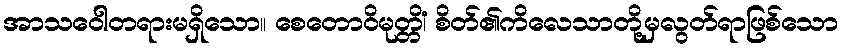
အာသဝေါတရားမရှိသော။ စေတောဝိမုတ္တိံ၊ စိတ်၏ကိလေသာတို့မှလွတ်ရာဖြစ်သော